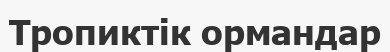
Тропиктік ормандар